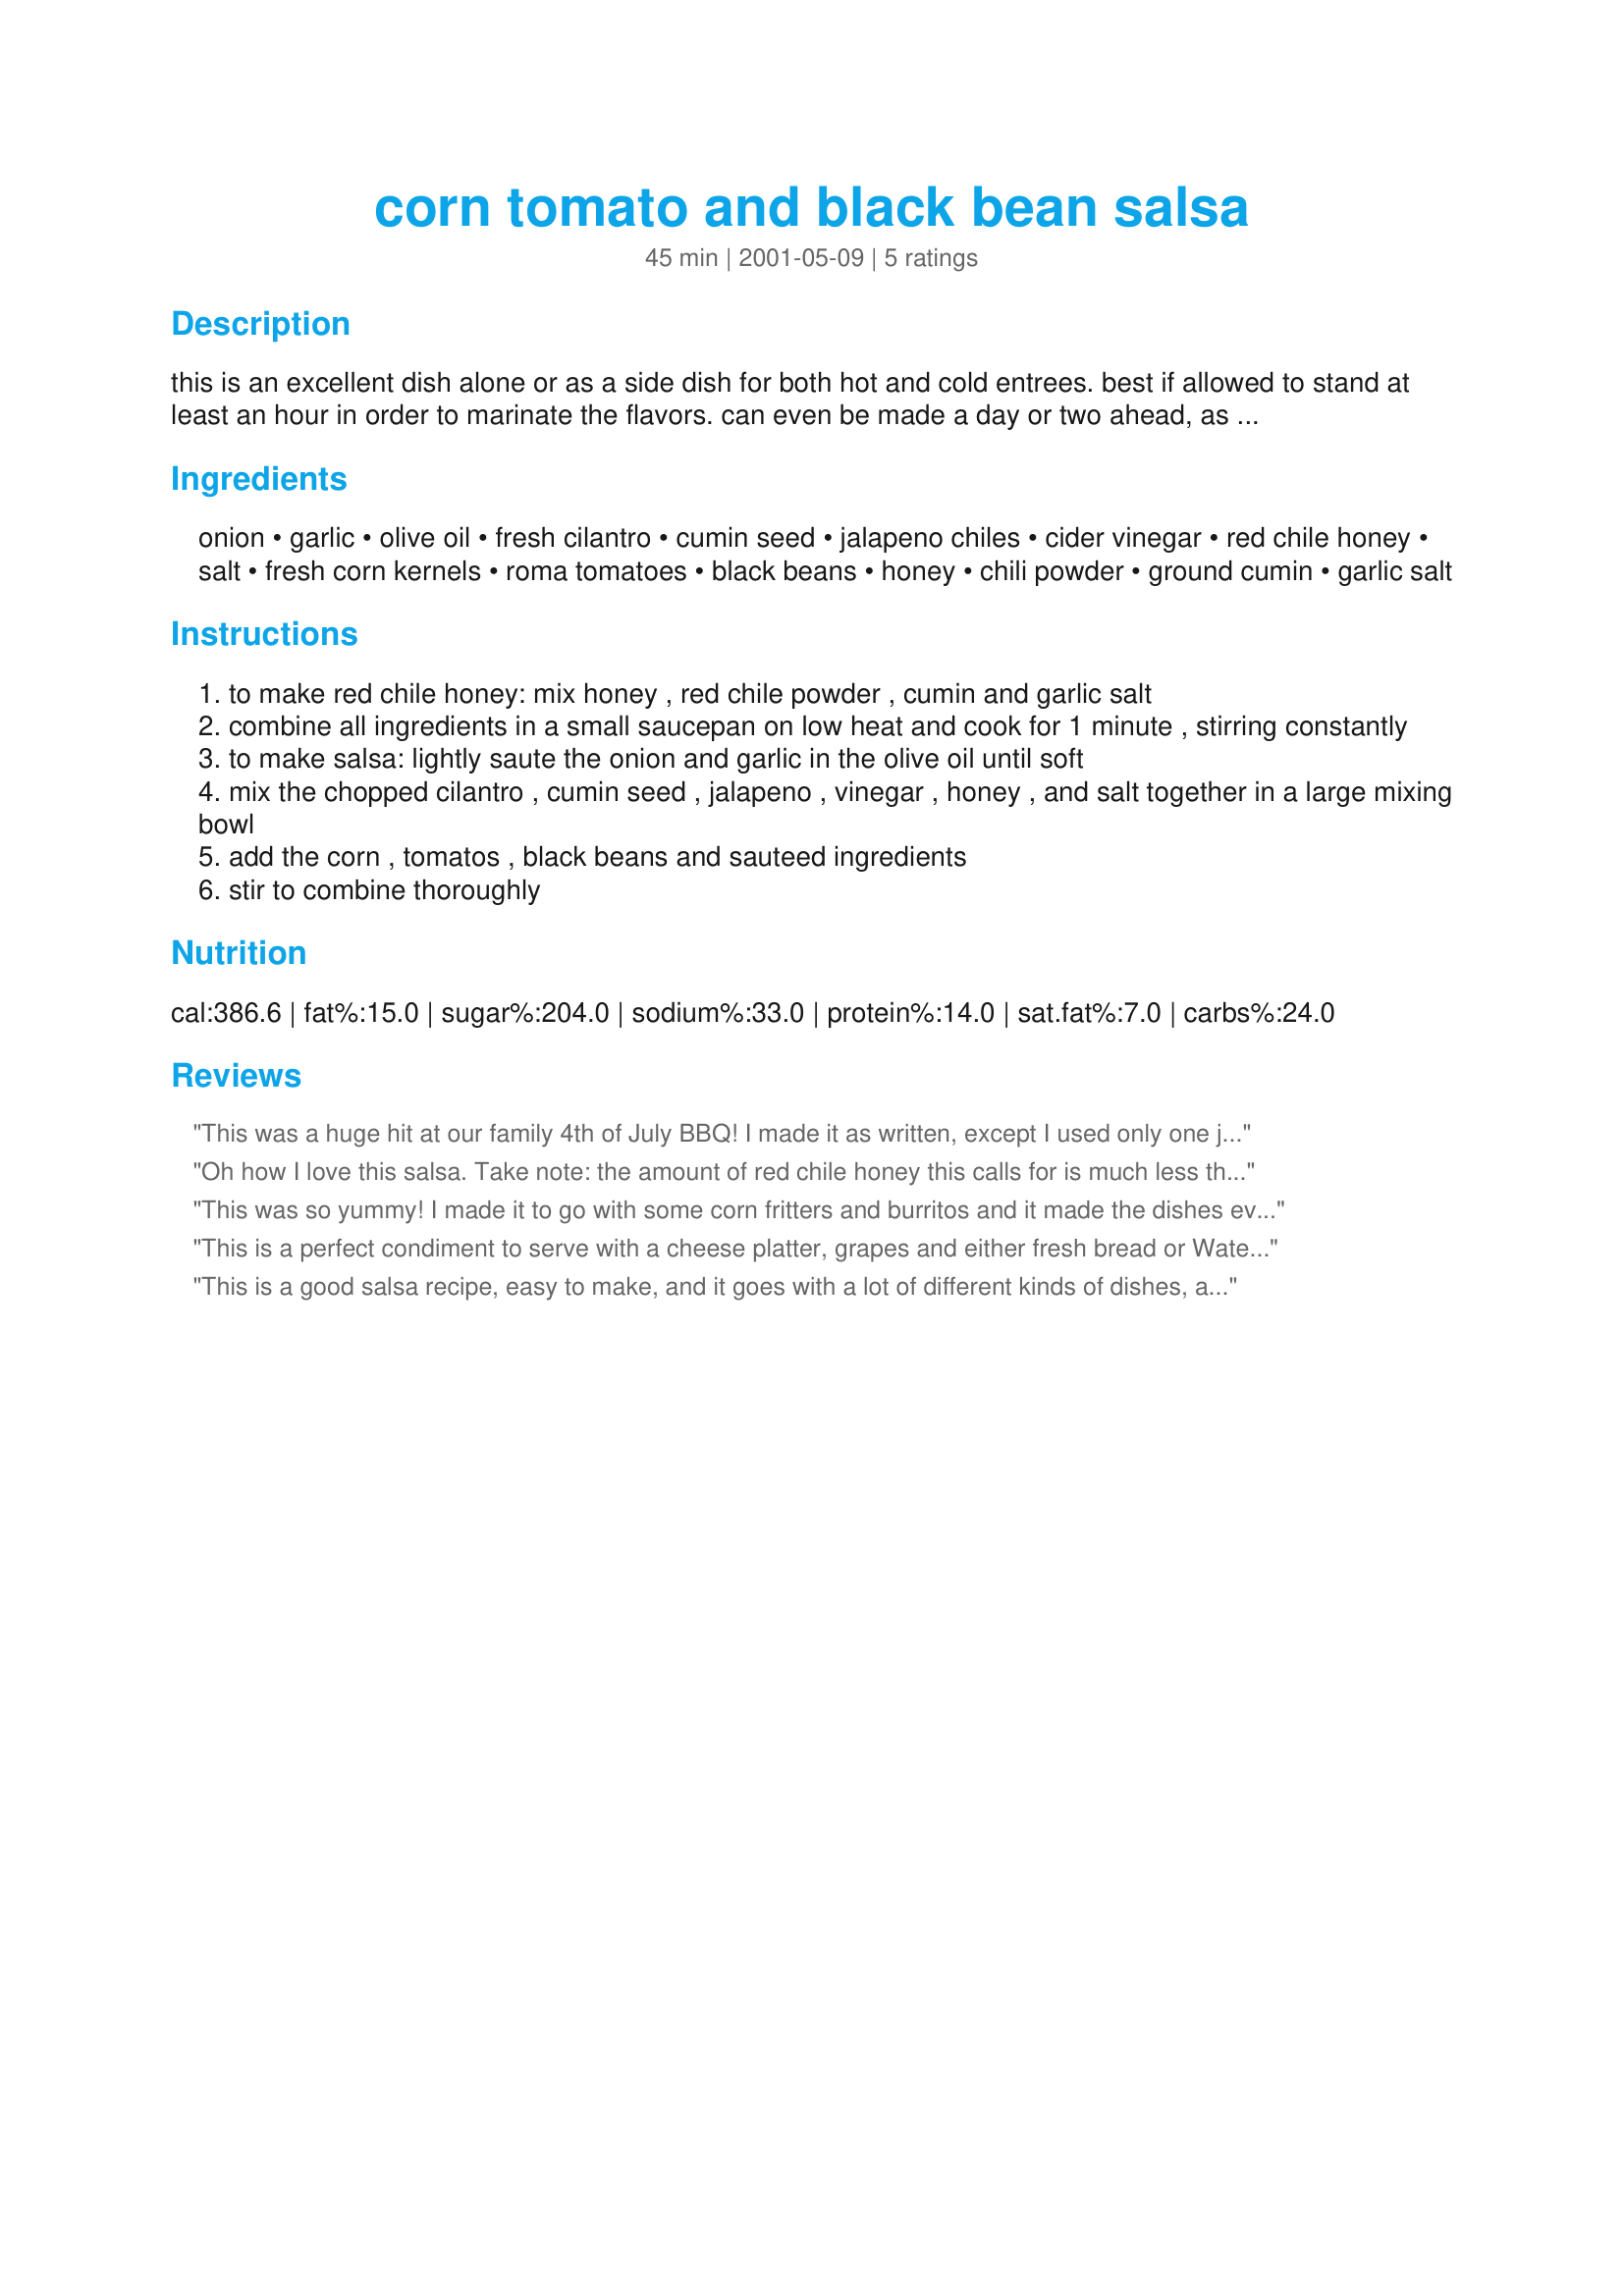
corn tomato and black bean salsa
Preparation time: 45 minutes

this is an excellent dish alone or as a side dish for both hot and cold entrees. best if allowed to stand at least an hour in order to marinate the flavors. can even be made a day or two ahead, as the flavors get even better.

Ingredients:
onion, garlic, olive oil, fresh cilantro, cumin seed, jalapeno chiles, cider vinegar, red chile honey, salt, fresh corn kernels, roma tomatoes, black beans, honey, chili powder, ground cumin, garlic salt

Steps:
to make red chile honey: mix honey , red chile powder , cumin and garlic salt
combine all ingredients in a small saucepan on low heat and cook for 1 minute , stirring constantly
to make salsa: lightly saute the onion and garlic in the olive oil until soft
mix the chopped cilantro , cumin seed , jalapeno , vinegar , honey , and salt together in a large mixing bowl
add the corn , tomatos , black beans and sauteed ingredients
stir to combine thoroughly

Reviews:
This was a huge hit at our family 4th of July BBQ! I made it as written, except I used only one jalapeno pepper because I am a Wuss at hot stuff. I did drain off some of the liquid before serving, but it was gone in a flash! Thanks, Carole in Orlando
Oh how I love this salsa. Take note: the amount of red chile honey this calls for is much less than the amount which is made by following the red chile honey recipe. With that said, I like this salsa a little sweeter and so I added more of the red chile honey than is called for. I also like to put in more corn and less black beans than is called for (just a personal preference). This is a really great recipe that I get requests for all the time. Thanks for posting.
This was so yummy! I made it to go with some corn fritters and burritos and it made the dishes even more exciting. Very fresh flavours! Will definitely use this recipe again. Thank you!
This is a perfect condiment to serve with a cheese platter, grapes and either fresh bread or Water crackers. It would compliment any pork or chicken meal as well. I cut the recipe in half with no problem - The Chili honey only takes a minute to make and worth the effort. I did cut back on the honey because I didn't want the salsa too sweet
Thanks Nick for a neat salsa recipe
This is a good salsa recipe, easy to make, and it goes with a lot of different kinds of dishes, as well as being a kind of salad on its own. I did also cut back on the honey, but then I used all the mix, instead of just the 1/3 tbsp required for one cup.
